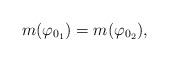
LaTeX: \begin{align*} m(\varphi_{0_1}) = m(\varphi_{0_2}),\end{align*}